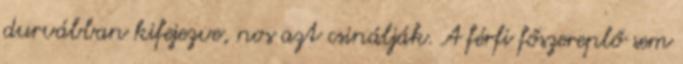
durvábban kifejezve, nos azt csinálják. A férfi főszereplő sem